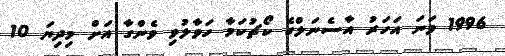
1996 ވަނަ އަހަރު އާސެނަލްގެ ކޯޗުކަމާ ހަވާލުވި ވެންގާ އަށް މިދިޔަ 10